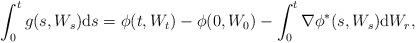
LaTeX: \begin{align*}\int_0^tg(s, W_s) \mathrm ds = \phi(t, W_t) - \phi(0, W_0) - \int_0^t \nabla \phi^* (s, W_s) \mathrm d W_r,\end{align*}